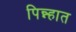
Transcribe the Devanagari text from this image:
पिन्न्हात